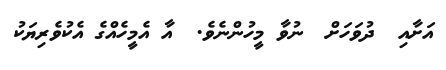
އަށާއި  ދުވަހަށް  ނުވާ މީހުންނެވެ.  އާ އެމީހެއްގެ އެކުވެރިޔަކު